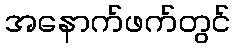
အနောက်ဖက်တွင်